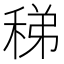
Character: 稊